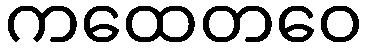
ကထေတဝေ